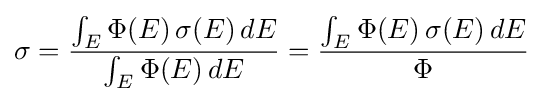
\sigma ={\frac {\int _{E}\Phi (E)\,\sigma (E)\,dE}{\int _{E}\Phi (E)\,dE}}={\frac {\int _{E}\Phi (E)\,\sigma (E)\,dE}{\Phi }}